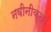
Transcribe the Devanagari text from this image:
नवीनीकृत।